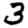
Digit: 3